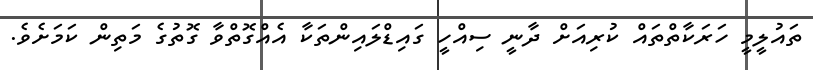
ތައުލީމީ ހަރަކާތްތައް ކުރިއަށް ދާނީ ސިއްހީ ގައިޑްލައިންތަކާ އެއްގޮތްވާ ގޮތުގެ މަތިން ކަމަށެވެ.